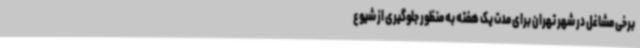
برخی مشاغل در شهر تهران برای مدت یک هفته به منظور جلوگیری از شیوع